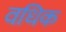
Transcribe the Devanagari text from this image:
वधिक